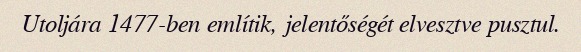
Utoljára 1477-ben említik, jelentőségét elvesztve pusztul.